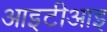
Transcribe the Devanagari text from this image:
आइटीआइ